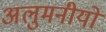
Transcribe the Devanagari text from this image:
अलुमनीयों